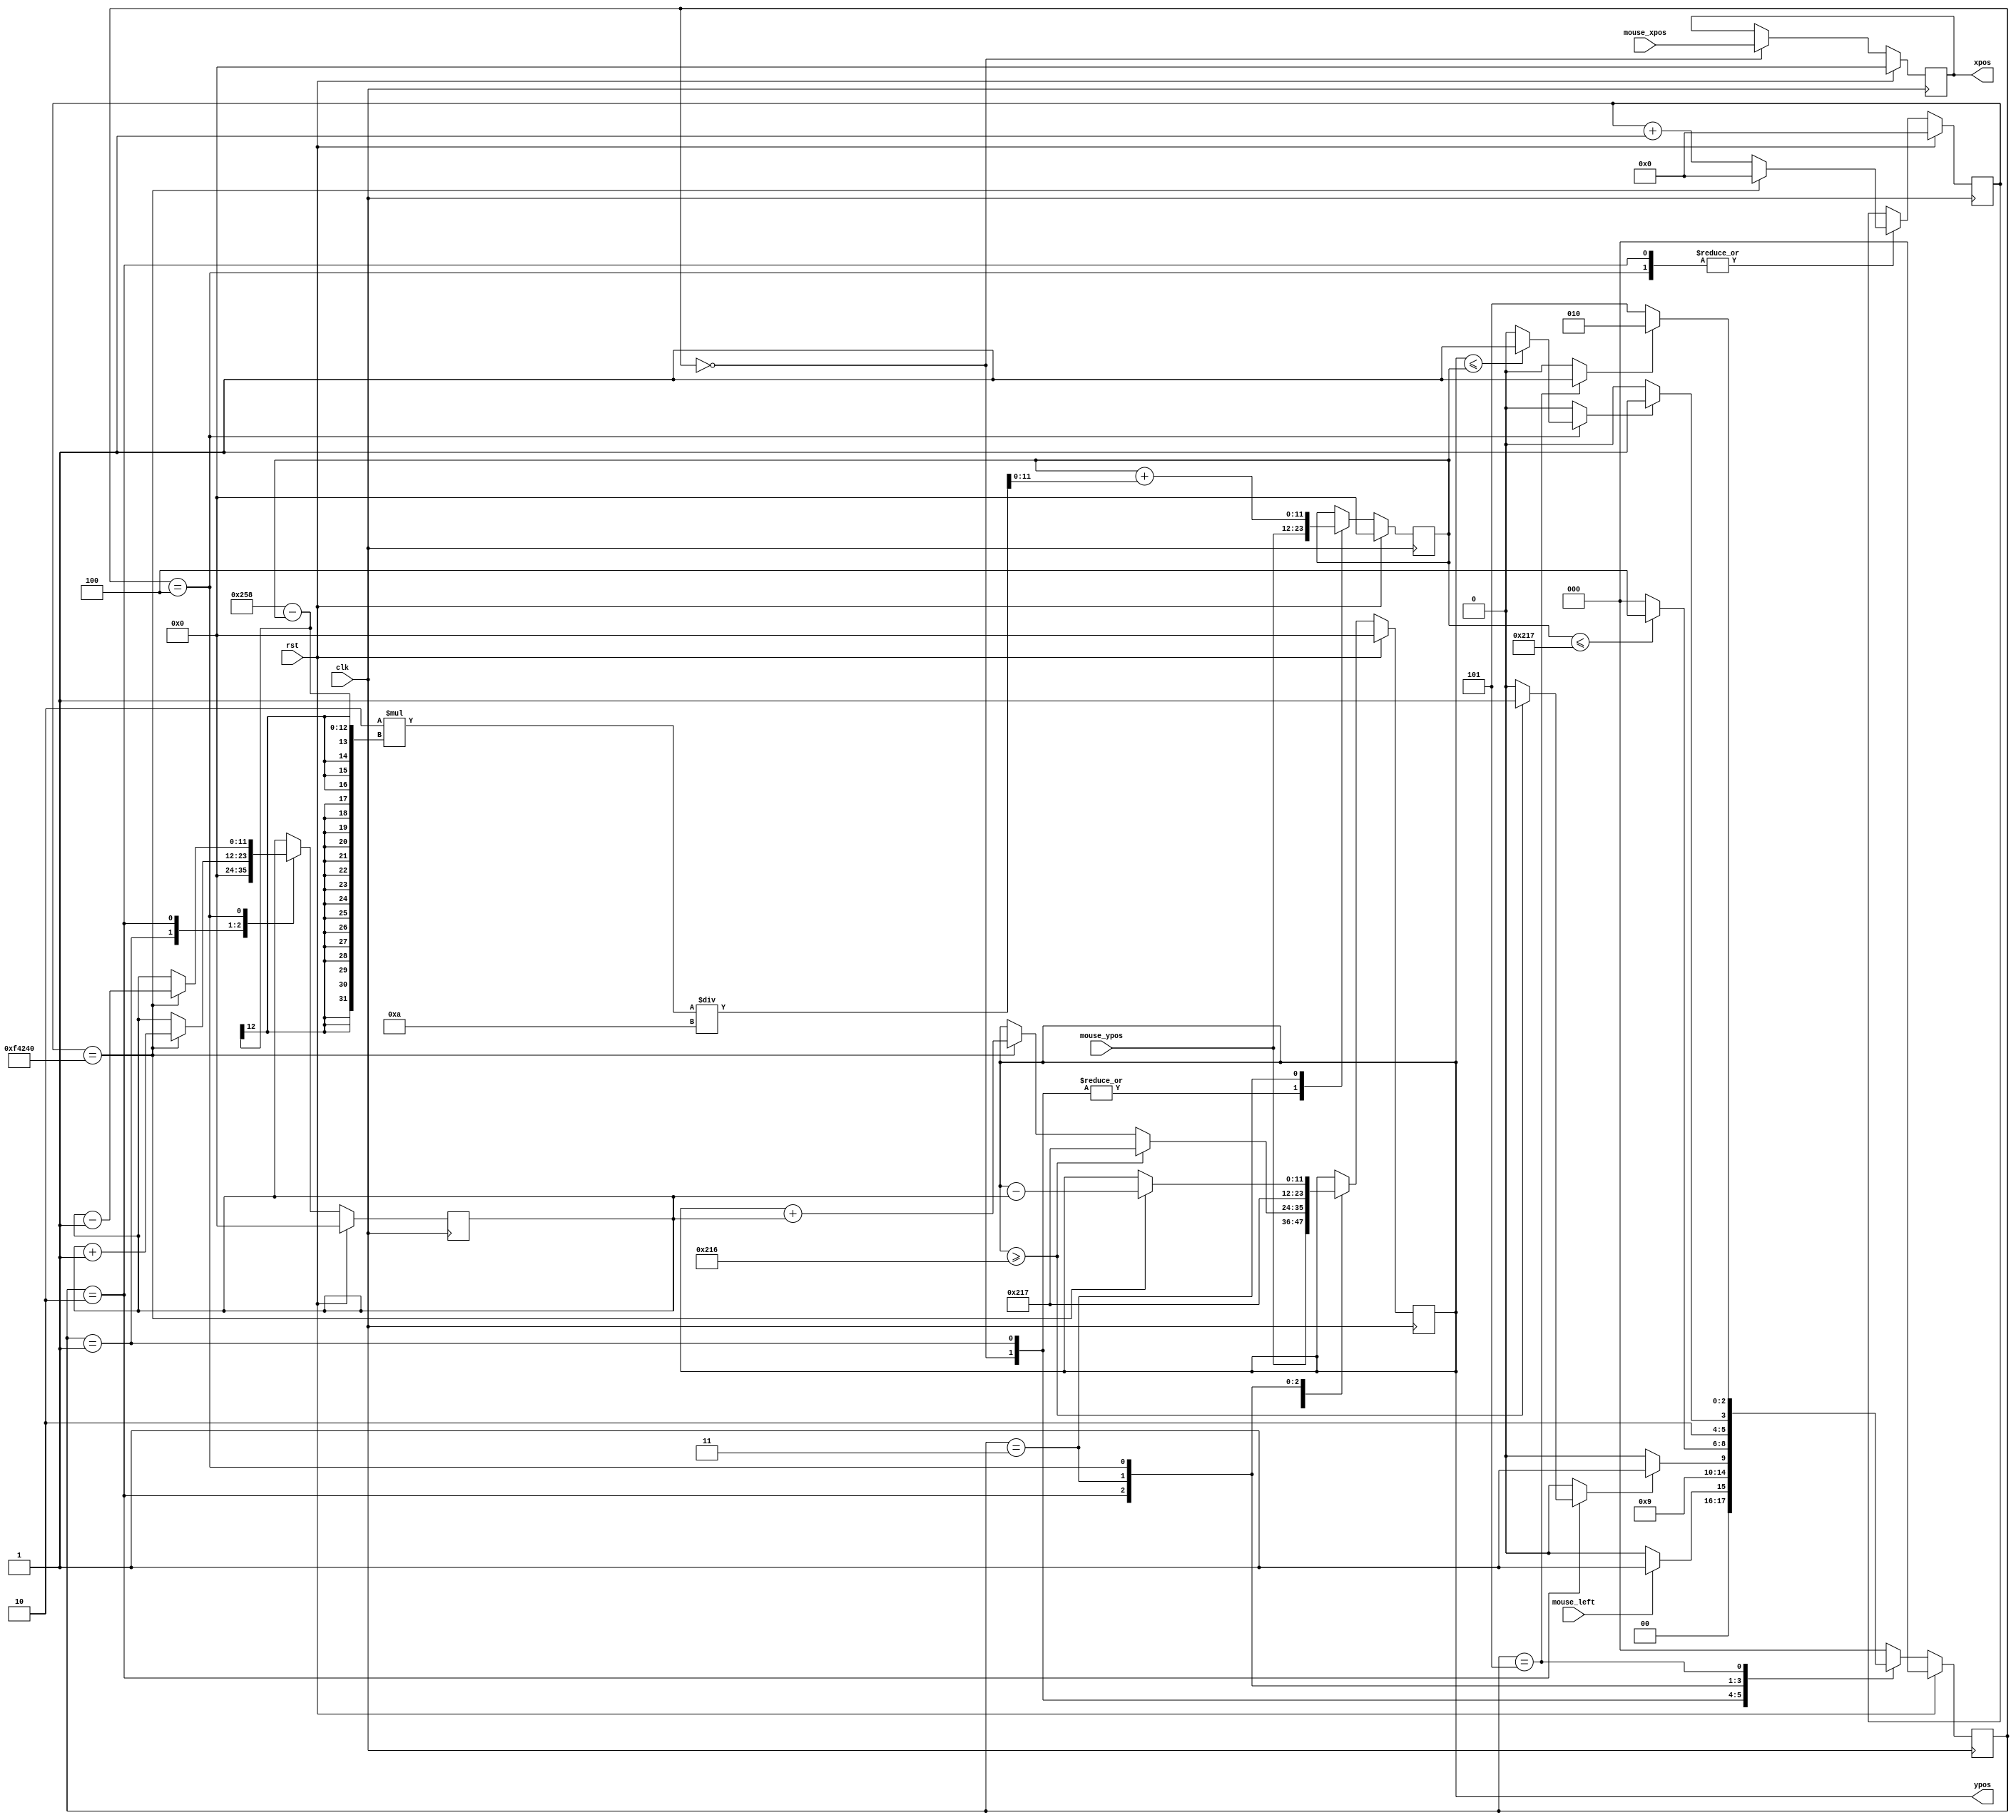
`timescale 1ns / 1ps
//////////////////////////////////////////////////////////////////////////////////
// Company: 
// Engineer: 
// 
// Design Name: 
// Module Name: draw_rect_ctl
// Project Name: 
// Target Devices: 
// Tool Versions: 
// Description: 
// 
// Dependencies: 
// 
// Revision:
// Revision 0.01 - File Created
// Additional Comments:
// 
//////////////////////////////////////////////////////////////////////////////////


module draw_rect_ctl(
    input wire clk,
    input wire rst,
    input wire mouse_left,
    input wire [11:0] mouse_xpos,
    input wire [11:0] mouse_ypos,
    
    output reg [11:0] xpos,
    output reg [11:0] ypos
    );
    
    reg [11:0] xpos_nxt = 0, ypos_nxt = 0;
    reg [11:0] y_refl = 0, y_refl_nxt = 0;
    reg [11:0] dt, dt_nxt;
    reg on_bottom, on_top, top_refl;
    reg [20:0] clk_div=0, clk_div_nxt=0;
    reg [2:0] state = 0, state_nxt = 0;    
        
    localparam  IDLE        = 3'b000,
                CLICK       = 3'b001,
                FALLING     = 3'b010,
                DOWN        = 3'b011,
                RISING      = 3'b100,
                UP          = 3'b101;
    
    localparam  HEIGHT      = 64,
                FREQ_DIV    = 1_000_000;                
                 
    always @(posedge clk) begin
        if(rst) begin
            xpos <= 0;
            ypos <= 0;
            y_refl <= 0;
            state <= IDLE;
            clk_div <= 0;
            dt <= 0;
        end
        else begin
            xpos <= xpos_nxt;
            ypos <= ypos_nxt;
            y_refl <= y_refl_nxt;
            state <= state_nxt;
            clk_div <= clk_div_nxt;
            dt <= dt_nxt;
        end
    end
    
    always @* begin
        case(state)
            IDLE:       state_nxt = (mouse_left == 1)       ?   CLICK : IDLE;
            CLICK:      state_nxt =                             FALLING;
            FALLING:    state_nxt = (on_bottom == 1)        ?   DOWN : FALLING;
            DOWN:       state_nxt = (y_refl <= 599-HEIGHT)  ?   RISING : IDLE;
            RISING:     state_nxt = (on_top == 1)           ?   UP : RISING;
            UP:         state_nxt = (top_refl == 1)         ?   FALLING : UP;
            default:    state_nxt = IDLE;
        endcase
    end
    
    always @* begin
    
        dt_nxt      = dt;
        clk_div_nxt = clk_div;
        xpos_nxt    = xpos;
        ypos_nxt    = ypos;
        y_refl_nxt  = y_refl; 
        on_bottom   = 0;
        on_top      = 0;
        top_refl    = 0;
       
        case(state)
            IDLE:       begin
                            xpos_nxt = mouse_xpos;
                            ypos_nxt = mouse_ypos;
                            y_refl_nxt = mouse_ypos;
                        end
            CLICK:      begin
                            y_refl_nxt = mouse_ypos;
                            dt_nxt = 0;
                        end
            FALLING:    begin
                            clk_div_nxt = clk_div + 1;
                            if(clk_div == FREQ_DIV) begin
                                ypos_nxt = ypos + dt;
                                dt_nxt = dt + 1;
                                clk_div_nxt = 0;
                            end
                            if( ypos >= 598 - HEIGHT ) begin
                                ypos_nxt = 599 - HEIGHT;
                                on_bottom = 1;
                            end 
                        end
            DOWN:
                        begin
                            y_refl_nxt = y_refl + 2*(600-y_refl)/10;
                            ypos_nxt = 599-HEIGHT;
                        end
            RISING:
                        begin
                            clk_div_nxt = clk_div + 1;
                            if(clk_div == FREQ_DIV) begin
                                ypos_nxt = ypos - dt;
                                dt_nxt = dt - 1;
                                clk_div_nxt = 0;
                            end
                            if(ypos <= y_refl) begin
                            on_top = 1;
                            end
                        end
            UP:
                        begin
                            top_refl = 1;
                        end            
        endcase
    end
    
endmodule